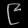
Digit: ၉